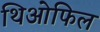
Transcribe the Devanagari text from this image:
थिओफिल